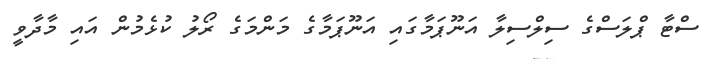
ސްޓާ ޕްލަސްގެ ސިލްސިލާ އަނޫޕަމާގައި އަނޫޕަމާގެ މަންމަގެ ރޯލު ކުޅެމުން އައި މާދާވީ